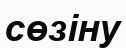
сөзіну